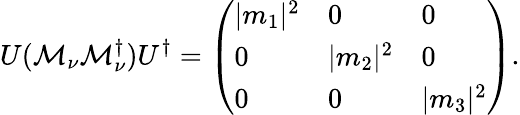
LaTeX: U({\cal M}_{\nu}{\cal M}_{\nu}^{\dagger})U^{\dagger}=\left(\begin{array}{lll}{{|m_{1}|^{2}}}&{{0}}&{{0}}\\ {{0}}&{{|m_{2}|^{2}}}&{{0}}\\ {{0}}&{{0}}&{{|m_{3}|^{2}}}\end{array}\right).